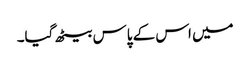
میں اس کے پاس بیٹھ گیا۔